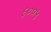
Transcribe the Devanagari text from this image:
६००५